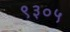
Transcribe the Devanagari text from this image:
९३०५